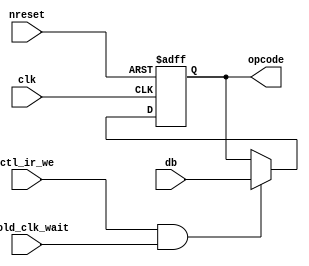
// Copyright (C) 1991-2013 Altera Corporation
// Your use of Altera Corporation's design tools, logic functions 
// and other software and tools, and its AMPP partner logic 
// functions, and any output files from any of the foregoing 
// (including device programming or simulation files), and any 
// associated documentation or information are expressly subject 
// to the terms and conditions of the Altera Program License 
// Subscription Agreement, Altera MegaCore Function License 
// Agreement, or other applicable license agreement, including, 
// without limitation, that your use is for the sole purpose of 
// programming logic devices manufactured by Altera and sold by 
// Altera or its authorized distributors.  Please refer to the 
// applicable agreement for further details.

// PROGRAM		"Quartus II 64-Bit"
// VERSION		"Version 13.0.1 Build 232 06/12/2013 Service Pack 1 SJ Web Edition"
// CREATED		"Sat Dec 10 08:56:46 2016"

module ir(
	ctl_ir_we,
	clk,
	nreset,
	nhold_clk_wait,
	db,
	opcode
);


input wire	ctl_ir_we;
input wire	clk;
input wire	nreset;
input wire	nhold_clk_wait;
input wire	[7:0] db;
output reg	[7:0] opcode;

wire	SYNTHESIZED_WIRE_0;




assign	SYNTHESIZED_WIRE_0 = ctl_ir_we & nhold_clk_wait;


always@(posedge clk or negedge nreset)
begin
if (!nreset)
	begin
	opcode[7:0] <= 8'b00000000;
	end
else
if (SYNTHESIZED_WIRE_0)
	begin
	opcode[7:0] <= db[7:0];
	end
end


endmodule